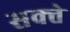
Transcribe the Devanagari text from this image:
सक्त्ते